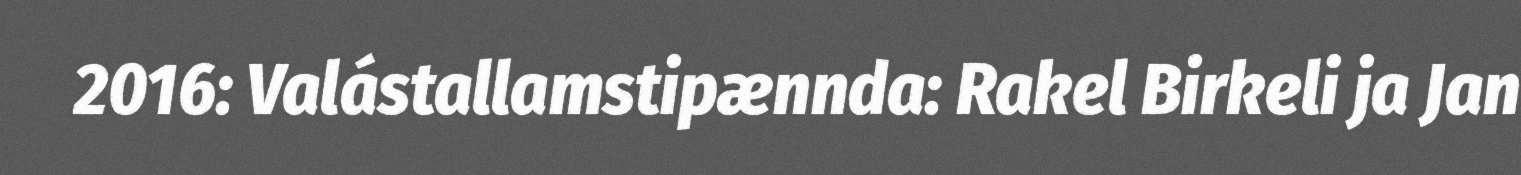
2016: Valástallamstipænnda: Rakel Birkeli ja Jan